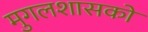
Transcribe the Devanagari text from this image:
मुगलशासकों